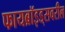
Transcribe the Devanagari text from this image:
फायब्रॉइड्‌सवरील